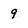
Character: 9